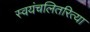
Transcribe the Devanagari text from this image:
स्वयंचलितरित्या